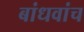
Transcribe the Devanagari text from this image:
बांधवांच